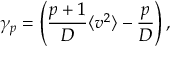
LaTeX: \gamma _ { p } = \left( \frac { p + 1 } { D } \langle v ^ { 2 } \rangle - \frac { p } { D } \right) ,